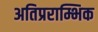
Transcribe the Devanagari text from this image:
अतिप्रराम्भिक